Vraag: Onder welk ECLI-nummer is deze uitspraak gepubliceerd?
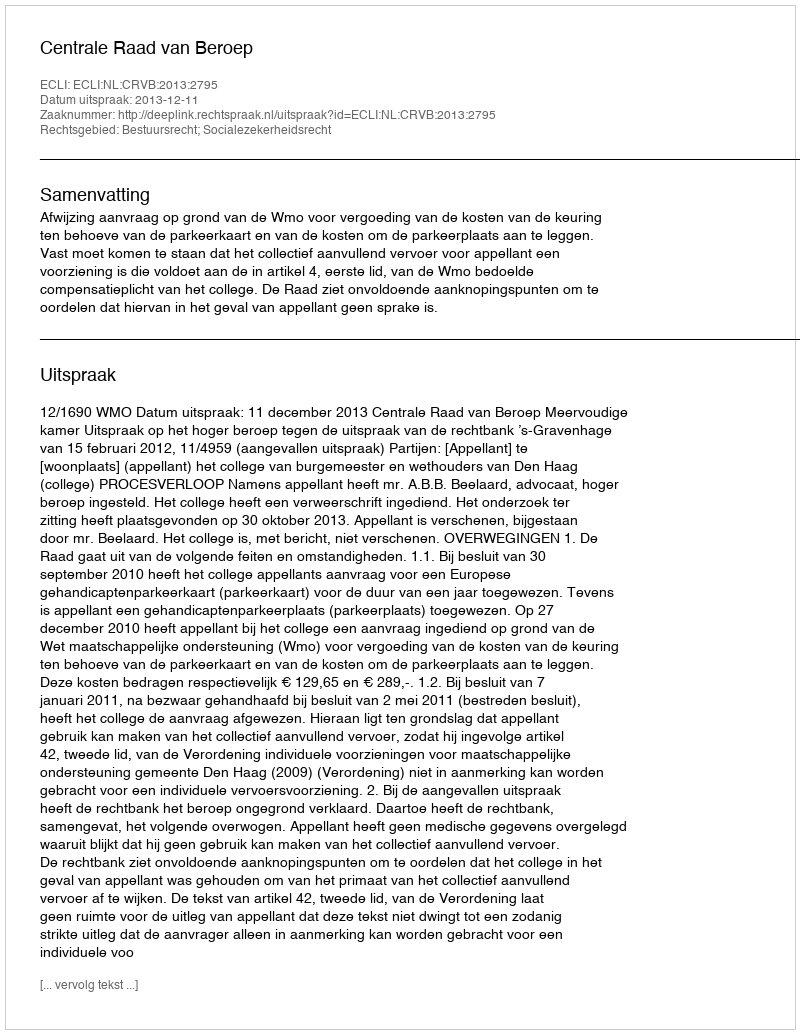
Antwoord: ECLI:NL:CRVB:2013:2795